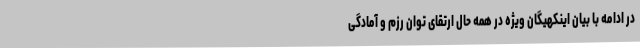
در ادامه با بیان اینکهیگان ویژه در همه حال ارتقای توان رزم و آمادگی